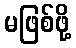
မဖြစ်ဖို့